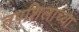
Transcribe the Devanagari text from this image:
तपशिलाच्या